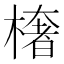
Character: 𭫠